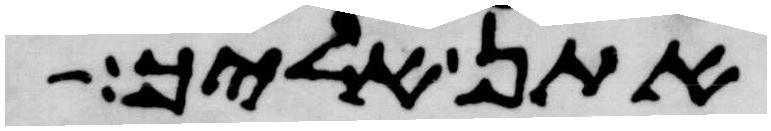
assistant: אתן אליך